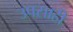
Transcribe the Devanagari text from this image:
उपसाही